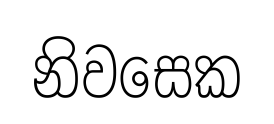
නිවසෙක